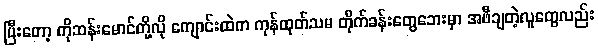
ပြီးတော့ ကိုဆန်းမောင်တို့လို ကျောင်းထဲက ကုန်ထုတ်သမ တိုက်ခန်းတွေဘေးမှာ အဖီချတဲ့လူတွေလည်း